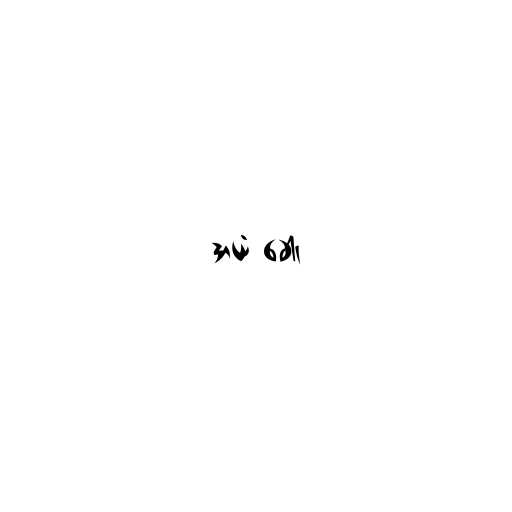
အယံ ခေါ၊